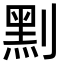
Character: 䵞